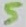
Text: 5